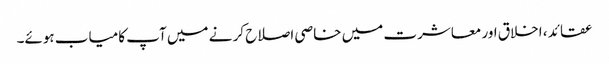
عقائد ، اخلاق اور معاشرت میں خاصی اصلاح کر نے میں آپ کامیاب ہوئے۔